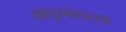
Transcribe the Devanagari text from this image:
कापूरकाचऱ्या